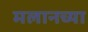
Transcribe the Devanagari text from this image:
मलानच्या